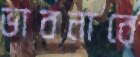
ভাবনারে